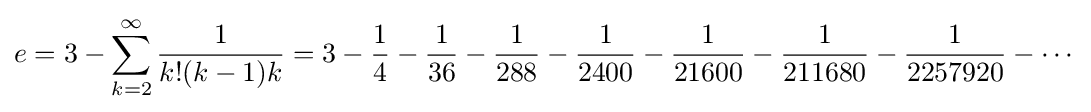
e=3-\sum _{k=2}^{\infty }{\frac {1}{k!(k-1)k}}=3-{\frac {1}{4}}-{\frac {1}{36}}-{\frac {1}{288}}-{\frac {1}{2400}}-{\frac {1}{21600}}-{\frac {1}{211680}}-{\frac {1}{2257920}}-\cdots